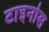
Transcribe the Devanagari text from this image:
टाइनोस